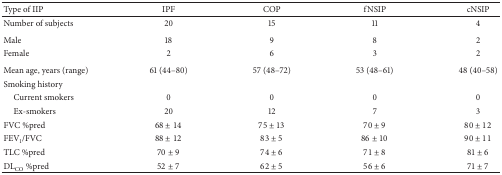
<table><thead><tr><td><b>Type of IIP</b></td><td><b>IPF</b></td><td><b>COP</b></td><td><b>fNSIP</b></td><td><b>cNSIP</b></td></tr></thead><tbody><tr><td>Number of subjects</td><td>20</td><td>15</td><td>11</td><td>4</td></tr><tr><td>Male</td><td>18</td><td>9</td><td>8</td><td>2</td></tr><tr><td>Female</td><td>2</td><td>6</td><td>3</td><td>2</td></tr><tr><td>Mean age, years (range)</td><td>61 (44–80)</td><td>57 (48–72)</td><td>53 (48–61)</td><td>48 (40–58)</td></tr><tr><td>Smoking history</td><td> </td><td> </td><td> </td><td> </td></tr><tr><td> Current smokers</td><td>0</td><td>0</td><td>0</td><td>0</td></tr><tr><td> Ex-smokers</td><td>20</td><td>12</td><td>7</td><td>3</td></tr><tr><td>FVC %pred</td><td>68 ± 14</td><td>75 ± 13</td><td>70 ± 9</td><td>80 ± 12</td></tr><tr><td>FEV<sub>1</sub>/FVC</td><td>88 ± 12</td><td>83 ± 5</td><td>86 ± 10</td><td>90 ± 11</td></tr><tr><td>TLC %pred</td><td>70 ± 9</td><td>74 ± 6</td><td>71 ± 8</td><td>81 ± 6</td></tr><tr><td>DL<sub>CO</sub> %pred</td><td>52 ± 7</td><td>62 ± 5</td><td>56 ± 6</td><td>71 ± 7</td></tr></tbody></table>